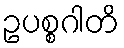
ဥပစ္စဂါတိ